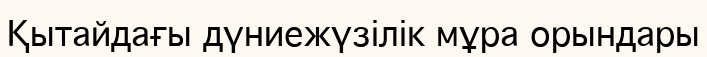
Қытайдағы дүниежүзілік мұра орындары